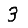
Digit: 3